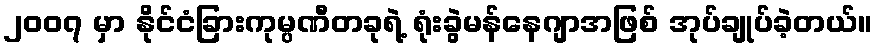
၂၀၀၇ မှာ နိုင်ငံခြားကုမ္ပဏီတခုရဲ့ ရုံးခွဲမန်နေဂျာအဖြစ် အုပ်ချုပ်ခဲ့တယ်။